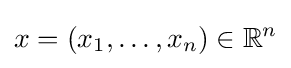
x=\left(x_{1},\ldots ,x_{n}\right)\in \mathbb {R} ^{n}